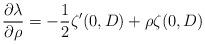
LaTeX: \begin{align*} \frac{\partial \lambda}{ \partial \rho} = - \frac{1}{2}\zeta'(0, D) +\rho \zeta(0, D) \end{align*}